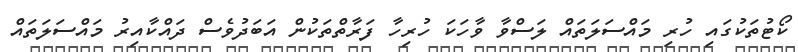
ކޯޓުތަކުގައި ހުރި މައްސަލަތައް ލަސްވާ ވާހަކަ ހުރިހާ ފަރާތްތަކުން އަބަދުވެސް ދައްކާއިރު މައްސަލަތައް